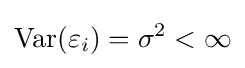
\operatorname {Var} (\varepsilon _{i})=\sigma ^{2}<\infty